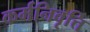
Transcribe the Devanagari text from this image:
कर्मनिवृत्ति